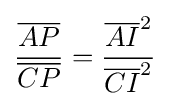
{\frac {\overline {AP}}{\overline {CP}}}={\frac {{\overline {AI}}^{2}}{{\overline {CI}}^{2}}}